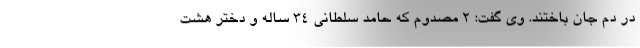
در دم جان باختند. وی گفت: ۲ مصدوم که حامد سلطانی ۳۴ ساله و دختر هشت